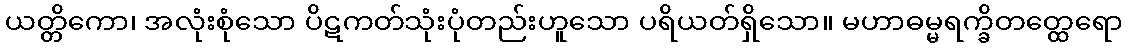
ယတ္တိကော၊ အလုံးစုံသော ပိဋကတ်သုံးပုံတည်းဟူသော ပရိယတ်ရှိသော။ မဟာဓမ္မရက္ခိတတ္ထေရော